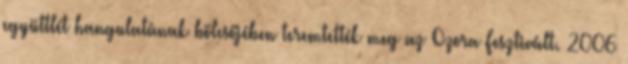
együttlét hangulatának bölcsőjében teremtették meg az Ozora Fesztivált. 2006